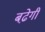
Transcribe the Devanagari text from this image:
बढे़गी